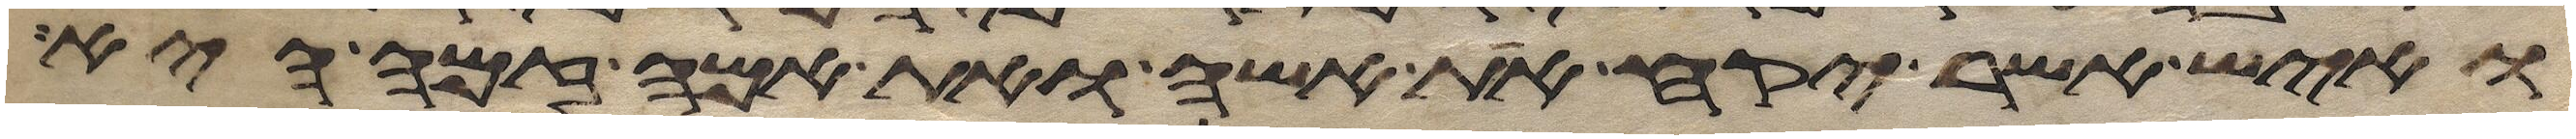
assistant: ואיש אשר יקח את אשה ואת אמה זמה היא